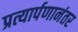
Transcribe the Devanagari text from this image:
प्रत्यार्पणानंतर